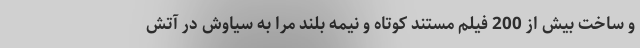
و ساخت بیش از 200 فیلم مستند کوتاه و نیمه بلند مرا به سیاوش در آتش